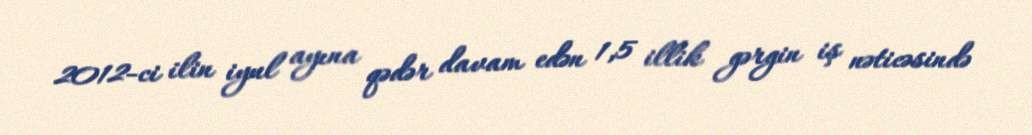
2012-ci ilin iyul ayına qədər davam edən 1,5 illik gərgin iş nəticəsində